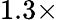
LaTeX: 1.3\times